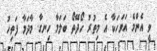
ވީ އެންމެ އަވަހަކާ އެ މިތުރު ހޯދޭތޯ ބަލަމާ ހިނގާ. މާދަމާ ފަތިހު